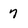
Character: 7